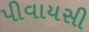
પીવાયસી